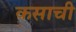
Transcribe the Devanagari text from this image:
कसाची